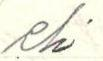
eli